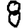
Digit: 8